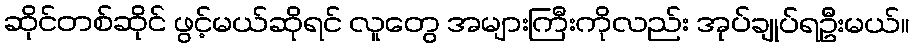
ဆိုင်တစ်ဆိုင် ဖွင့်မယ်ဆိုရင် လူတွေ အများကြီးကိုလည်း အုပ်ချုပ်ရဦးမယ်။